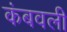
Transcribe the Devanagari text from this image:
कंबवली